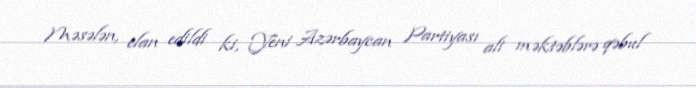
Məsələn, elan edildi ki, Yeni Azərbaycan Partiyası ali məktəblərə qəbul